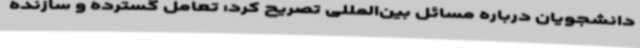
دانشجویان درباره مسائل بین‌المللی تصریح کرد: تعامل گسترده و سازنده